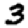
Digit: 3